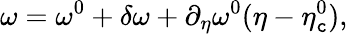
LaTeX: \omega=\omega^{0}+\delta\omega+\partial_{\eta}\omega^{0}(\eta-\eta_{\mathtt{c}}^{0}),